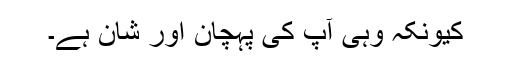
کیونکہ وہی آپ کی پہچان اور شان ہے۔